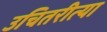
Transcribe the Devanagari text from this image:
उचितरीत्या